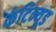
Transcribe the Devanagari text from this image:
कंटिन्यूड